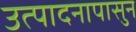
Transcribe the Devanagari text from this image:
उत्पादनापासुन